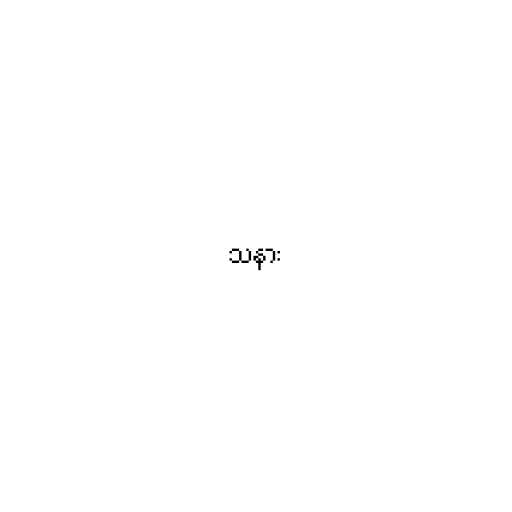
သနား